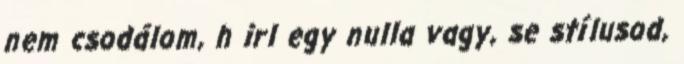
nem csodálom, h irl egy nulla vagy, se stílusod,